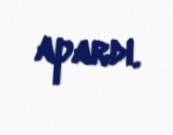
apardı.